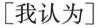
[我认为]